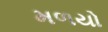
મળયો